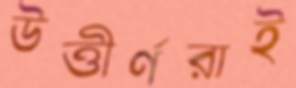
উত্তীর্ণরাই